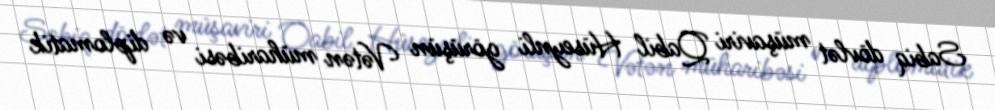
Sabiq dövlət müşaviri Qabil Hüseynli görüşün Vətən müharibəsi və diplomatik